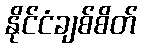
နိုင်ငံချစ်စိတ်